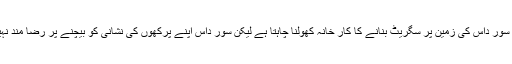
جان سیوک سور داس کی زمین پر سگریٹ بنانے کا کار خانہ کھولنا چاہتا ہے لیکن سور داس اپنے پُرکھوں کی نشانی کو بیچنے پر رضا مند نہیں ہوتا ہے۔